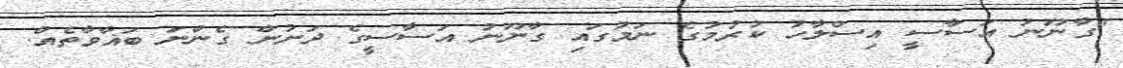
"ގާނޫނު އަސާސީ އިސްލާހު ކުރުމުގެ ނަމުގައި ގާނޫނު އަސާސީގެ ދަށުން ގެންނަ ބަޣާވާތެއް.